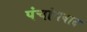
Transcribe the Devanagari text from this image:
पंचांगवाद